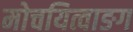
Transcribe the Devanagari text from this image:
मोचयित्वाङग